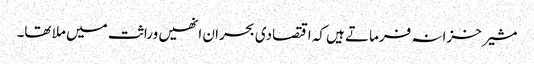
مشیر خزانہ فرماتے ہیں کہ اقتصادی بحران انھیں وراثت میں ملا تھا۔